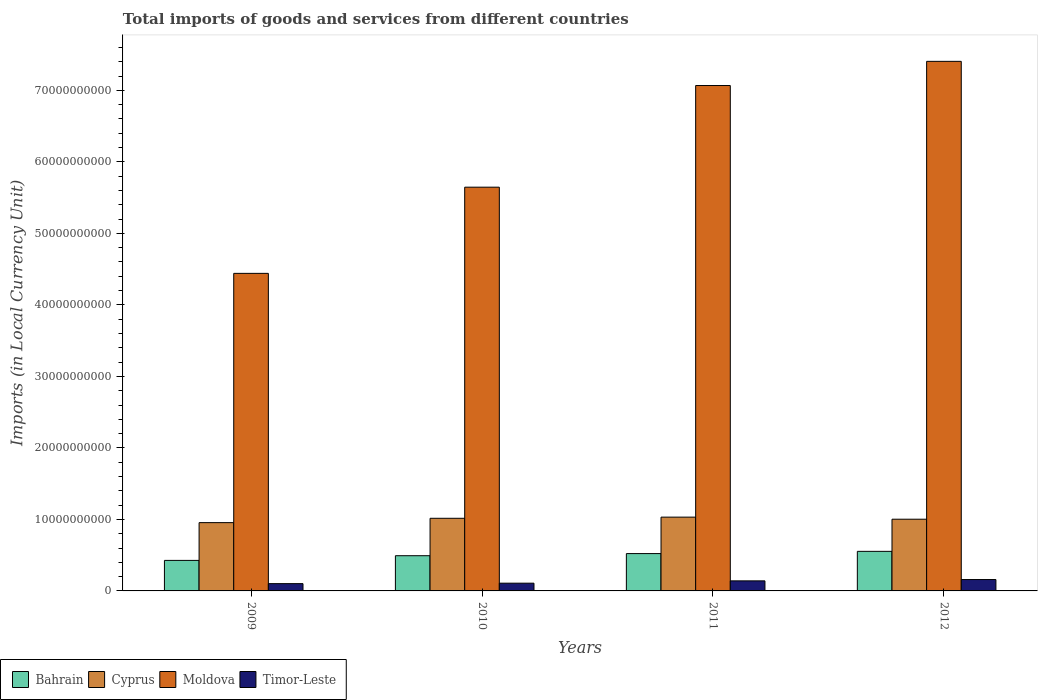
| Years | Bahrain | Cyprus | Moldova | Timor-Leste |
 | --- | --- | --- | --- | --- |
 | 2009 | 4.27e+09 | 9.55e+09 | 4.44e+10 | 1.02e+09 |
 | 2010 | 4.92e+09 | 1.02e+10 | 5.65e+10 | 1.08e+09 |
 | 2011 | 5.22e+09 | 1.03e+10 | 7.07e+10 | 1.41e+09 |
 | 2012 | 5.53e+09 | 1e+10 | 7.41e+10 | 1.59e+09 |